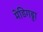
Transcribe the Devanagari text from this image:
मेडिगड्डा